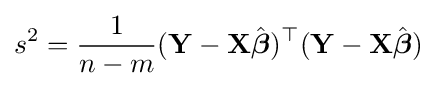
s^{2}={\frac {1}{n-m}}(\mathbf {Y} -\mathbf {X} {\hat {\boldsymbol {\beta }}})^{\top }(\mathbf {Y} -\mathbf {X} {\hat {\boldsymbol {\beta }}})